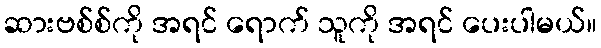
ဆားဗစ်စ်ကို အရင် ရောက် သူကို အရင် ပေးပါမယ်။